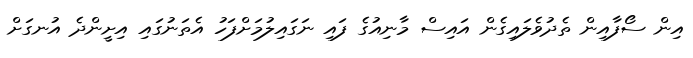
އިން ސޯފާއިން ތެދުވެލައިގެން އައިސް މާނިއުގެ ފައި ނަގައިލުމަށްފަހު އެތަނުގައި އިށީންދެ އުނގަށް